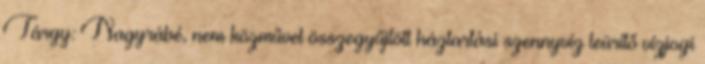
Tárgy: Nagyrábé, nem közművel összegyűjtött háztartási szennyvíz leürítő vízjogi